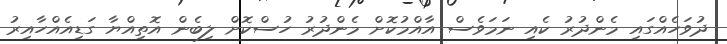
ދުވަހެއްގައި މެންދުރު ކެއި ނަމަވެސް އާއްމުކޮށް މެންދުރު ހުސްކޮށް ލިބެން އޮތިއްޔާ ގަޑިއެއްހާއިރު